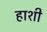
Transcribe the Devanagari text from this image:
हाशी